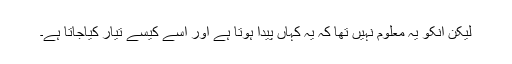
لیکن انکو یہ معلوم نہیں تھا کہ یہ کہاں پیدا ہوتا ہے اور اسے کیسے تیار کیاجاتا ہے۔